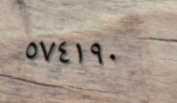
٥٧٤١٩٠